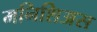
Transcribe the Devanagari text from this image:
मनिशिअस